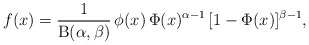
\begin{align*}f(x)=\frac{1}{\mathrm{B}(\alpha,\beta)}\,\phi(x)\,\Phi(x)^{\alpha-1}\,[1-\Phi(x)]^{\beta-1},\end{align*}